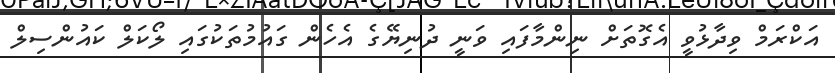
އަކްރަމް ވިދާޅުވީ އެގޮތަށް ނިންމާފައި ވަނީ ދުނިޔޭގެ އެހެން ގައުމުތަކުގައި ލޯކަލް ކައުންސިލް